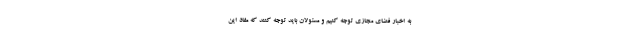
به اخبار فضای مجازی توجه کنیم و مسئولان باید توجه کنند که مفاد این